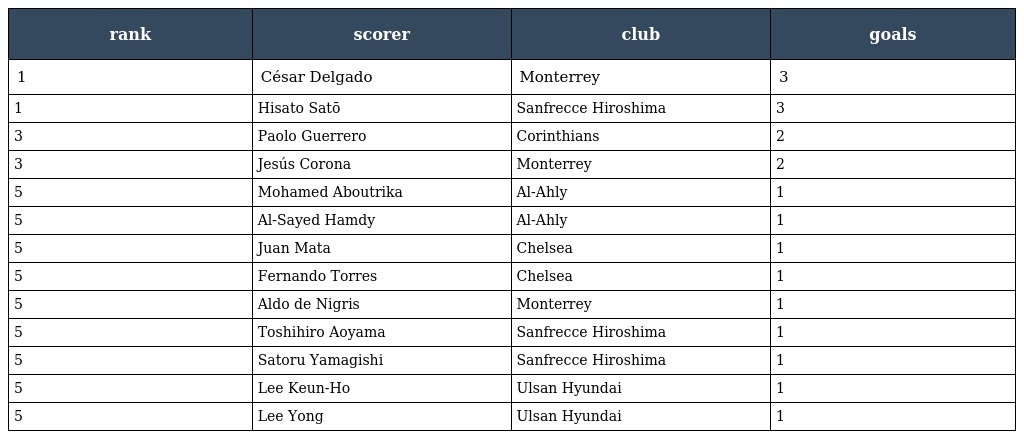
| rank | scorer | club | goals |
 | --- | --- | --- | --- |
 | 1 | César Delgado | Monterrey | 3 |
 | 1 | Hisato Satō | Sanfrecce Hiroshima | 3 |
 | 3 | Paolo Guerrero | Corinthians | 2 |
 | 3 | Jesús Corona | Monterrey | 2 |
 | 5 | Mohamed Aboutrika | Al-Ahly | 1 |
 | 5 | Al-Sayed Hamdy | Al-Ahly | 1 |
 | 5 | Juan Mata | Chelsea | 1 |
 | 5 | Fernando Torres | Chelsea | 1 |
 | 5 | Aldo de Nigris | Monterrey | 1 |
 | 5 | Toshihiro Aoyama | Sanfrecce Hiroshima | 1 |
 | 5 | Satoru Yamagishi | Sanfrecce Hiroshima | 1 |
 | 5 | Lee Keun-Ho | Ulsan Hyundai | 1 |
 | 5 | Lee Yong | Ulsan Hyundai | 1 |